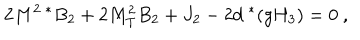
LaTeX: 2 M ^ { 2 \; * } B _ { 2 } + 2 M _ { T } ^ { 2 } B _ { 2 } + J _ { 2 } - 2 d ^ { \; * } ( g H _ { 3 } ) = 0 \ ,